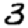
Digit: 3